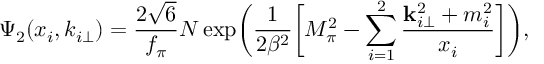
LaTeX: \Psi _ { 2 } ( x _ { i } , k _ { i \perp } ) = { \frac { 2 \sqrt { 6 } } { f _ { \pi } } } N \exp \biggl ( \frac { 1 } { 2 \beta ^ { 2 } } \biggl [ M _ { \pi } ^ { 2 } - \sum _ { i = 1 } ^ { 2 } \frac { { \bf k } _ { i \perp } ^ { 2 } + m _ { i } ^ { 2 } } { x _ { i } } \biggr ] \biggr ) ,